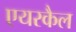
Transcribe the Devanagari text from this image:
एयरकैल